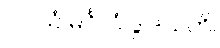
၁။  ယံ မင်္ဂလံ ဒွါဒသဟိ၊